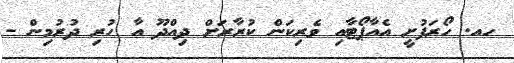
ހއ. ހޯރަފުށީ އެއާޕޯޓާއި ވެރިކަން ކުރާރަށް ދިއްދޫ އާ ހުރި ދުރުމިން -